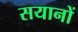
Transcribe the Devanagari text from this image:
सयानों